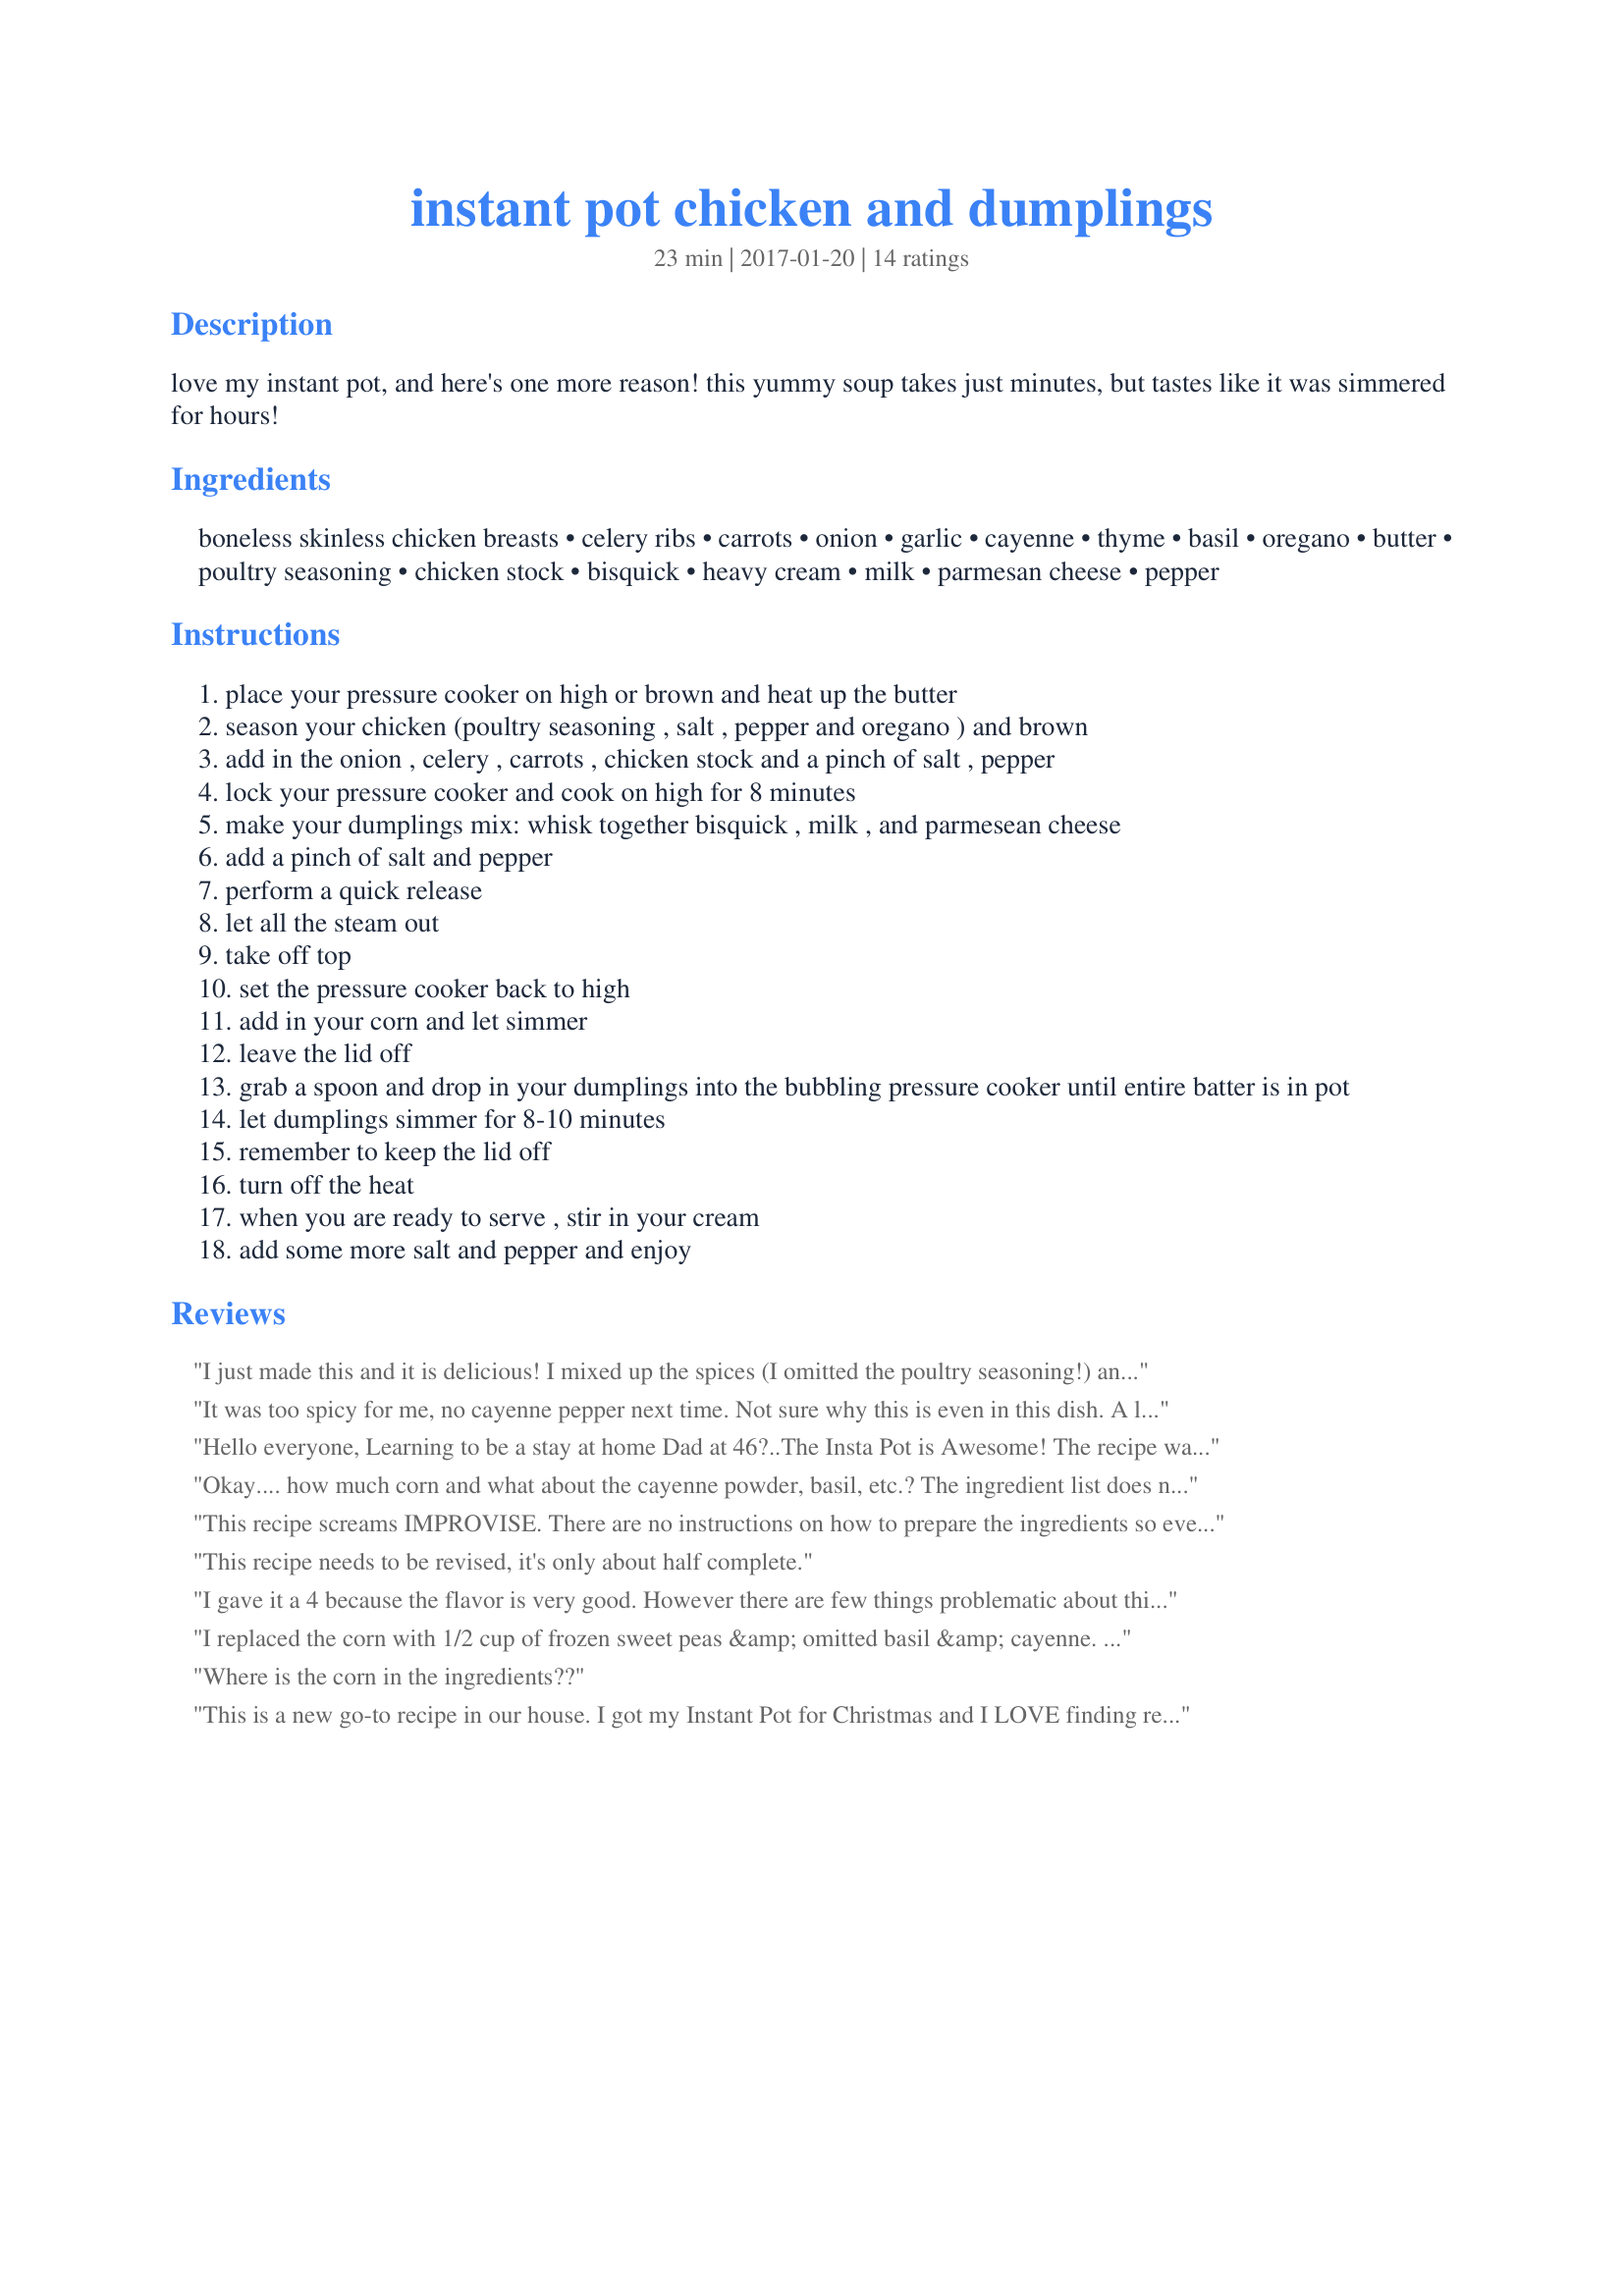
instant pot chicken and dumplings
Preparation time: 23 minutes

love my instant pot, and here's one more reason! this yummy soup takes just minutes, but tastes like it was simmered for hours!

Ingredients:
boneless skinless chicken breasts, celery ribs, carrots, onion, garlic, cayenne, thyme, basil, oregano, butter, poultry seasoning, chicken stock, bisquick, heavy cream, milk, parmesan cheese, pepper

Steps:
place your pressure cooker on high or brown and heat up the butter
season your chicken (poultry seasoning , salt , pepper and oregano ) and brown
add in the onion , celery , carrots , chicken stock and a pinch of salt , pepper
lock your pressure cooker and cook on high for 8 minutes
make your dumplings mix: whisk together bisquick , milk , and parmesean cheese
add a pinch of salt and pepper
perform a quick release
let all the steam out
take off top
set the pressure cooker back to high
add in your corn and let simmer
leave the lid off
grab a spoon and drop in your dumplings into the bubbling pressure cooker until entire batter is in pot
let dumplings simmer for 8-10 minutes
remember to keep the lid off
turn off the heat
when you are ready to serve , stir in your cream
add some more salt and pepper and enjoy

Reviews:
I just made this and it is delicious! I mixed up the spices (I omitted the poultry seasoning!) and sprinkled them on the chicken and veggies. I saved the rest for the next pot I make. I added peas instead of corn. I also took out the cooked chicken and diced it up.
It was too spicy for me, no cayenne pepper next time. Not sure why this is even in this dish. A little too heavy on the other spices too, I would cut back on them as it overpowered the dish but without that I think it would be good, will modify if I use it again.
Hello everyone, Learning to be a stay at home Dad at 46?..The Insta Pot is Awesome! The recipe was quite hot, even for me. I would recommend ditching the cayenne or at least reducing to a pinch. I also used fresh thyme in the suggested quantity which overpowered all... I am quick to take the blame upon myself for not having done my usual thing when it comes to adding spices to slowly and gradually build them up to suit our taste..but on this occasion I followed the recipe to a T and after being served I found myself quickly removing everyone's helpings from the table shortly after the Cayenne started taking effect but not before witnessing some choice facial expressions from the wife and kids...lol 20 min. later we were having Wednesday pizza night on Tuesday!..Dad's 1st Insta Pot kitchen Flop made for some good fun and even extended our table time together..lol Wednesday's menu? Chicken Chili...Baha!! Smile...life is short. GB
Okay.... how much corn and what about the cayenne powder, basil, etc.? The ingredient list does not seem to match the recipe. I mixed all the dry ingredients together to season the chicken and then a few of the ingredients were left off completely. I'll try tweaking myself... fingers crossed....
This recipe screams IMPROVISE. There are no instructions on how to prepare the ingredients so everyone's version is going to be different. We tried to stick to the amounts except in the seasoning. we improvised a bit and since we didn't have poultry seasoning we just added a bit of sage, tarragon, thyme, marjoram, and nutmeg. The chicken breasts were cut in half and browned and cooked as instructed. In the end, before serving I removed the dumplings,( which in the last minute, I flipped over as some were less cooked on top than others), I broke up the chicken into large chunks. This made it possible to eat with a spoon. The dumplings turned out perfect and the seasoning in them was delicious.
This recipe needs to be revised, it's only about half complete.
I gave it a 4 because the flavor is very good. However there are few things problematic about this recipe. 1. There’s no mention of what to do with the chicken breasts after they cook and you of course have to either dice them or shred them or process them in some way. 2. Although the ingredients mention basil and Cayanne pepper I see nowhere in the instructions were you use it. 3 On the other hand the instructions mention corn but that is not in the ingredients list. And 4. I think eight minutes with a little short for getting those dumplings to firm up try something like 10 or 12 minutes
I replaced the corn with 1/2 cup of frozen sweet peas &amp; omitted basil &amp; cayenne. I cooked my dumplings uncovered for 10 minutes, then added peas, closed &amp; locked kid &amp; simmered covered for an other 5 minutes. The result is lighter, fluffier dumplings that can gently be removed with slotted spoon, partially set aside while I stir in the heavy cream to warm before serving.
Where is the corn in the ingredients??
This is a new go-to recipe in our house. I got my Instant Pot for Christmas and I LOVE finding recipes my whole family loves. I tweaked the spices (particularly basil and cayenne) as they seemed a little heavy handed. This has excellent flavor and the parmesan is a delicious addition to the dumplings.
I made this today using what was on hand. I only had a 1 1/2 LBS. of chicken, I didn't have any celery, and I had green onions that needed to be used . I felt that the measurement for the spices was way too much so I toned them down, using only teaspoons where the recipe called for tablespoons. Happy I did because it turned out perfectly! The cook time was spot on, everything was cooked to perfection. The chicken was tender as were the veggies. I love the addition of parmesan cheese in the dumplings! I also noticed that the corn measurements were omitted in the ingredients list, as noted by previous comments, I added a twelve ounce bag of frozen corn right before dropping in the dumplings. The recipe is great for making after a busy day at work. Thanks the VERY tasty recipe! p.s. I only added a pinch of cayenne and omitted the basil.
I wouldn't recommend
Love the flavor of this...I need to make my dumpings larger as they pretty much have disappeared in the leftovers...but it still tastes very good. You must allow the prep time tho but a pot of chicken and dumplings from scratch to table in around an hour...totally wonderful.
The instructions mention adding corn, except that there is no corn listed in the ingredients.
